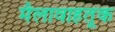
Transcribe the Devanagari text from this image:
मैलावाहतूक